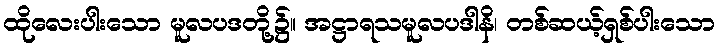
ထိုလေးပါးသော မူလပဒတို့၌။ အဋ္ဌာရသမူလပဒါနိ၊ တစ်ဆယ့်ရှစ်ပါးသော